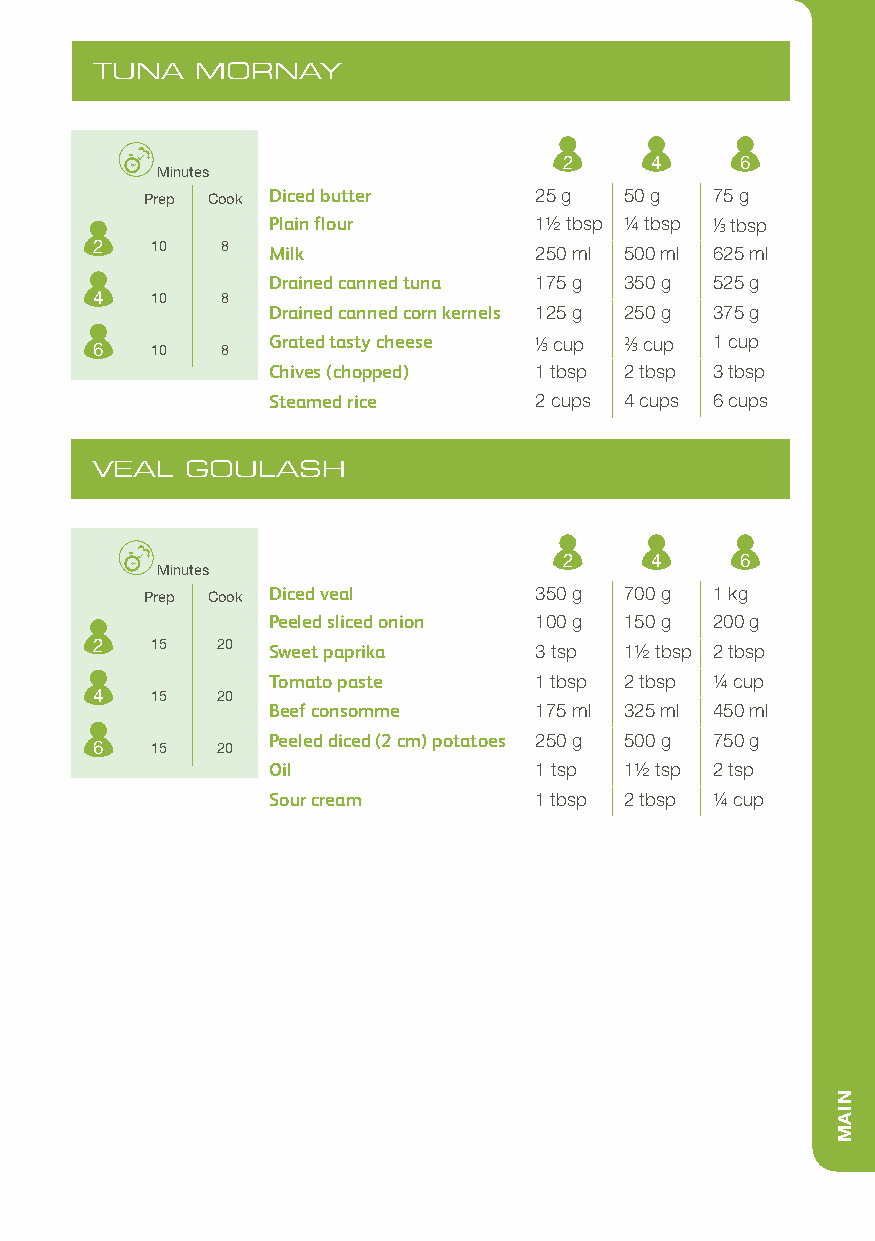
TUNA   MORNAY
 2     4     6
 Minutes
 Prep Cook Diced butter   25 g  50 g  75 g
 Plain flour      11/2 tbsp 1/4 tbsp 1/3 tbsp
 2   10   8  Milk             250 ml 500 ml 625 ml
 Drained canned tuna 175 g 350 g 525 g
 4   10   8
 Drained canned corn kernels 125 g 250 g 375 g
 6   10   8  Grated tasty cheese 1/3 cup 2/3 cup 1 cup
 Chives (chopped) 1 tbsp 2 tbsp 3 tbsp
 Steamed rice     2 cups 4 cups 6 cups
 VEAL  GOULASH
 2     4     6
 Minutes
 Prep Cook Diced veal     350 g 700 g 1 kg
 Peeled sliced onion 100 g 150 g 200 g
 2   15  20  Sweet paprika    3 tsp 11/2 tbsp 2 tbsp
 Tomato paste     1 tbsp 2 tbsp 1/4 cup
 4   15  20
 Beef consomme    175 ml 325 ml 450 ml
 Peeled diced (2 cm) potatoes 250 g 500 g 750 g
 6   15  20
 Oil              1 tsp 11/2 tsp 2 tsp
 Sour cream       1 tbsp 2 tbsp 1/4 cup
 NIAM